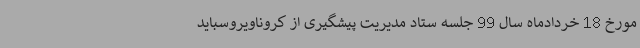
مورخ 18 خردادماه سال 99 جلسه ستاد مدیریت پیشگیری از کروناویروسباید